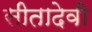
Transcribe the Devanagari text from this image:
सीतादेवी